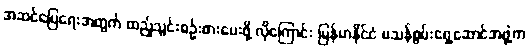
အဆင်ပြေရေးအတွက် ထည့်သွင်းစဉ်းစားပေးဖို့ လိုကြောင်း မြန်မာနိုင်ငံ မသန်စွမ်းရှေ့ဆောင်အဖွဲ့က